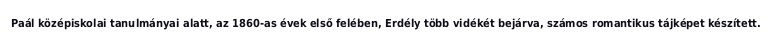
Paál középiskolai tanulmányai alatt, az 1860-as évek első felében, Erdély több vidékét bejárva, számos romantikus tájképet készített.